Annual administration report of the Civil Veterinary Department of India - 1895-1896
Year: 1895
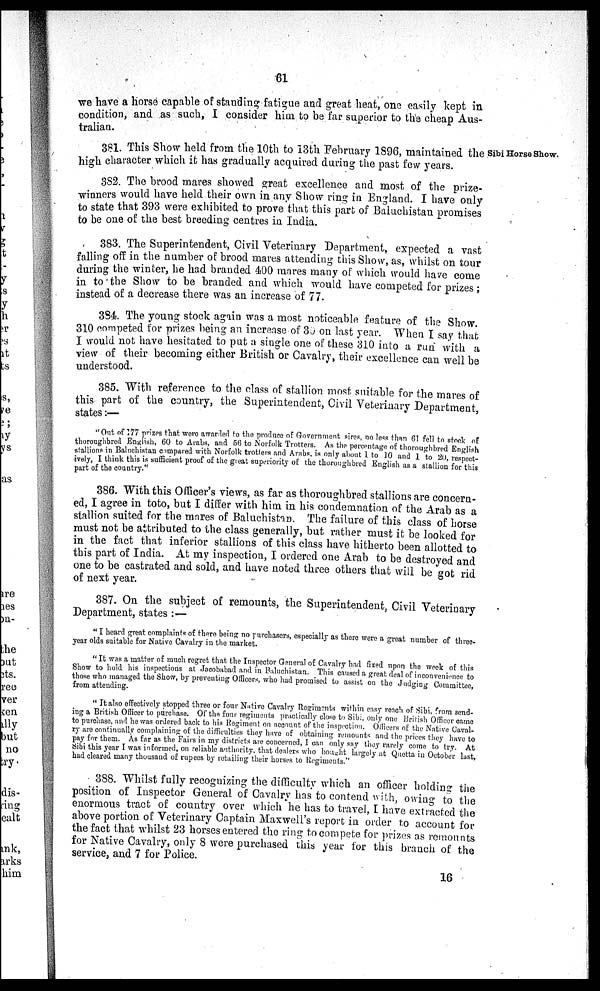
61
we have a horse capable of standing fatigue and great heat, one easily kept in
condition, and as such, I consider him to be far superior to the cheap Aus-
tralian.
Sibi Horse Show.
381. This Show held from the 10th to 13th February 1896, maintained the
high character which it has gradually acquired during the past few years.
382. The brood mares showed great excellence and most of the prize-
winners would have held their own in any Show ring in England. I have only
to state that 393 were exhibited to prove that this part of Baluchistan promises
to be one of the best breeding centres in India.
383. The Superintendent, Civil Veterinary Department, expected a vast
falling off in the number of brood mares attending this Show, as, whilst on tour
during the winter, he had branded 400 mares many of which would have come
in to the Show to be branded and which would have competed for prizes;
instead of a decrease there was an increase of 77.
384. The young stock again was a most noticeable feature of the Show.
310 competed for prizes being an increase of 30 on last year. When I say that
I would not have hesitated to put a single one of these 310 into a run with a
view of their becoming either British or Cavalry, their excellence can well be
understood.
385. With reference to the class of stallion most suitable for the mares of
this part of the country, the Superintendent, Civil Veterinary Department,
states:—
"Out of 177 prizes that were awarded to the produce of Government sires, no less than 61 fell to stock of
thoroughbred English, 60 to Arabs., and 56 to Norfolk Trotters. As the percentage of thoroughbred English
stallions in Baluchistan campared with Norfolk trotters and Arabs, is only about 1 to 10 and 1 to 20, respect-
ively, I think this is sufficient proof of the great superiority of the thoroughbred English as a stallion for this
part of the country."
386. With this Officer's views, as far as thoroughbred stallions are concern-
ed, I agree in toto, but I differ with him in his condemnation of the Arab as a
stallion suited for the mares of Baluchistan. The failure of this class of horse
must not be attributed to the class generally, but rather must it be looked for
in the fact that inferior stallions of this class have hitherto been allotted to
this part of India. At my inspection, I ordered one Arab to be destroyed and
one to be castrated and sold, and have noted three others that will be got rid
of next year.
387. On the subject of remounts, the Superintendent, Civil Veterinary
Department, states:—
"I heard great complaints of there being no purchasers, especially as there were a great number of three-
year olds suitable for Native Cavalry in the market.
"It was a matter of much regret that the Inspector General of Cavalry had fixed upon the week of this
Show to hold his inspections at Jacobabad and in Baluchistan. This caused a great deal of inconvenience to
those who managed the Show, by preventing Officers, who had promised to assist on the Judging Committee,
from attending.
"It also effectively stopped three or four Native Cavalry Regiments within easy reach of Sibi, from send-
ing a British Officer to purchase. Of the four regiments practically close to Sibi, only one British Officer came
to purchase, and he was ordered back to his Regiment on account of the inspection. Officers of the Native Caval-
ry are continually complaining of the difficulties they have of obtaining remounts and the prices they have to
pay for them. As far as the Fairs in my districts are concerned, I can only say they rarely come to try. At
Sibi this year I was informed, on reliable authority, that dealers who bought largely at Quetta in October last,
had cleared many thousand of rupees by retailing their horses to Regiments."
388. Whilst fully recognizing the difficulty which an officer holding the
position of Inspector General of Cavalry has to contend with, owing to the
enormous tract of country over which he has to travel, I have extracted the
above portion of Veterinary Captain Maxwell's report in order to account for
the fact that whilst 23 horses entered the ring to compete for prizes as remounts
for Native Cavalry, only 8 were purchased this year for this branch of the
service, and 7 for Police.
16